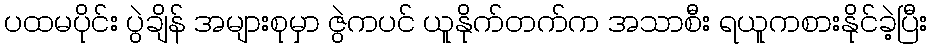
ပထမပိုင်း ပွဲချိန် အများစုမှာ ဇွဲကပင် ယူနိုက်တက်က အသာစီး ရယူကစားနိုင်ခဲ့ပြီး